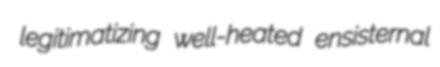
legitimatizing well-heated ensisternal